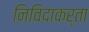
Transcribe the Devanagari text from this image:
निविदाकर्ता